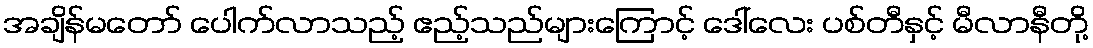
အချိန်မတော် ပေါက်လာသည့် ဧည့်သည်များကြောင့် ဒေါ်လေး ပစ်တီနှင့် မီလာနီတို့